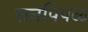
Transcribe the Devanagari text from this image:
रानपिंपळ